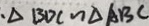
、 \Delta B D C \sim \Delta A B C